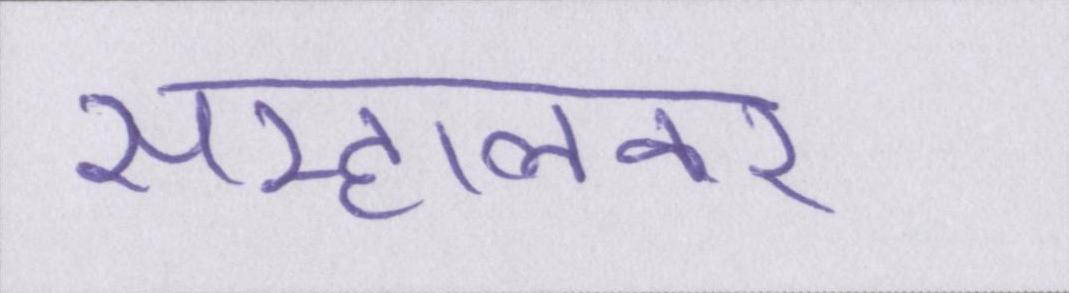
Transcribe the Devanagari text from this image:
सम्हालकर